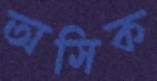
অসিক